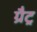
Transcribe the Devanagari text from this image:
ग्रैट्र